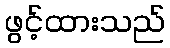
ဖွင့်ထားသည်